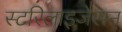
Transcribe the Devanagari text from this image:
स्टरिलाइजेसन